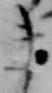
き